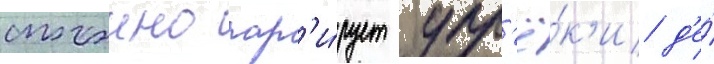
спокоино пар'и́рует упр'ё́к'и д'е́